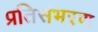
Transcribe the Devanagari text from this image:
प्रतिसंभरण